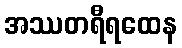
အဿတရီရထေန